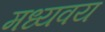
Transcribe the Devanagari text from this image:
मध्यवय